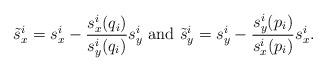
\begin{align*}\tilde{s}^i_x=s^i_x-\frac{s^i_x(q_i)}{s^i_y(q_i)}s^i_y~{\rm and}~ \tilde{s}^i_y=s^i_y-\frac{s^i_y(p_i)}{s^i_x(p_i)}s^i_x. \end{align*}